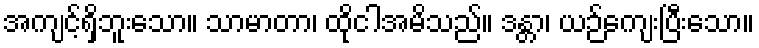
အကျင့်ရှိဘူးသော။ သာမာတာ၊ ထိုငါအမိသည်။ ဒန္တာ၊ ယဉ်ကျေးပြီးသော။